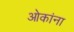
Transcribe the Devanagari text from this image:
ओकांना